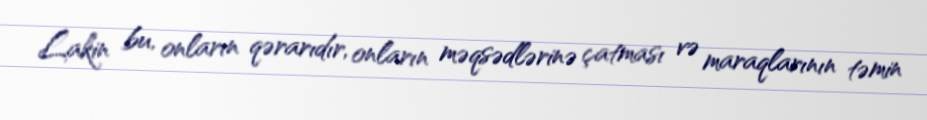
Lakin bu, onların qərarıdır, onların məqsədlərinə çatması və maraqlarının təmin